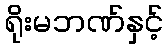
ရိုးမဘဏ်နှင့်